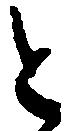
と